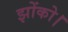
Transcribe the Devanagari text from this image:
झोंको।